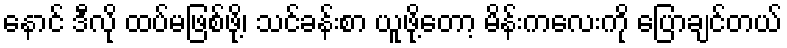
နောင် ဒီလို ထပ်မဖြစ်ဖို့၊ သင်ခန်းစာ ယူဖို့တော့ မိန်းကလေးကို ပြောချင်တယ်